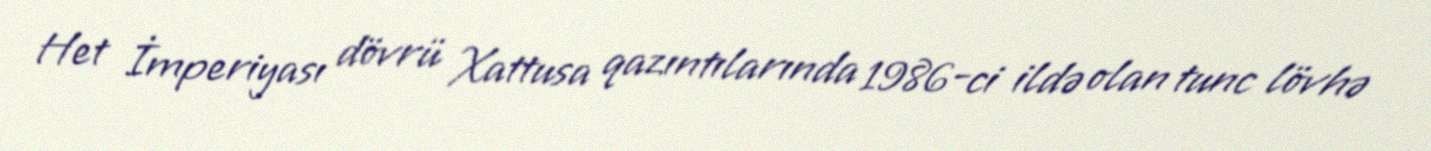
Het İmperiyası dövrü Xattusa qazıntılarında 1986-ci ildə olan tunc lövhə